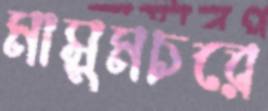
মাসুমচরে